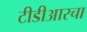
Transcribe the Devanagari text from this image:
टीडीआरचा